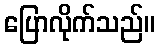
ပြောလိုက်သည်။